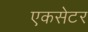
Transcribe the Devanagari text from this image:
एकसेटर